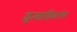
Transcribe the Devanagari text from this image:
इत्यादिकांचा